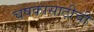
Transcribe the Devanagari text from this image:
चषकासाठीची